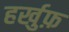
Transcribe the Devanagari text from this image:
हर्खुफ़